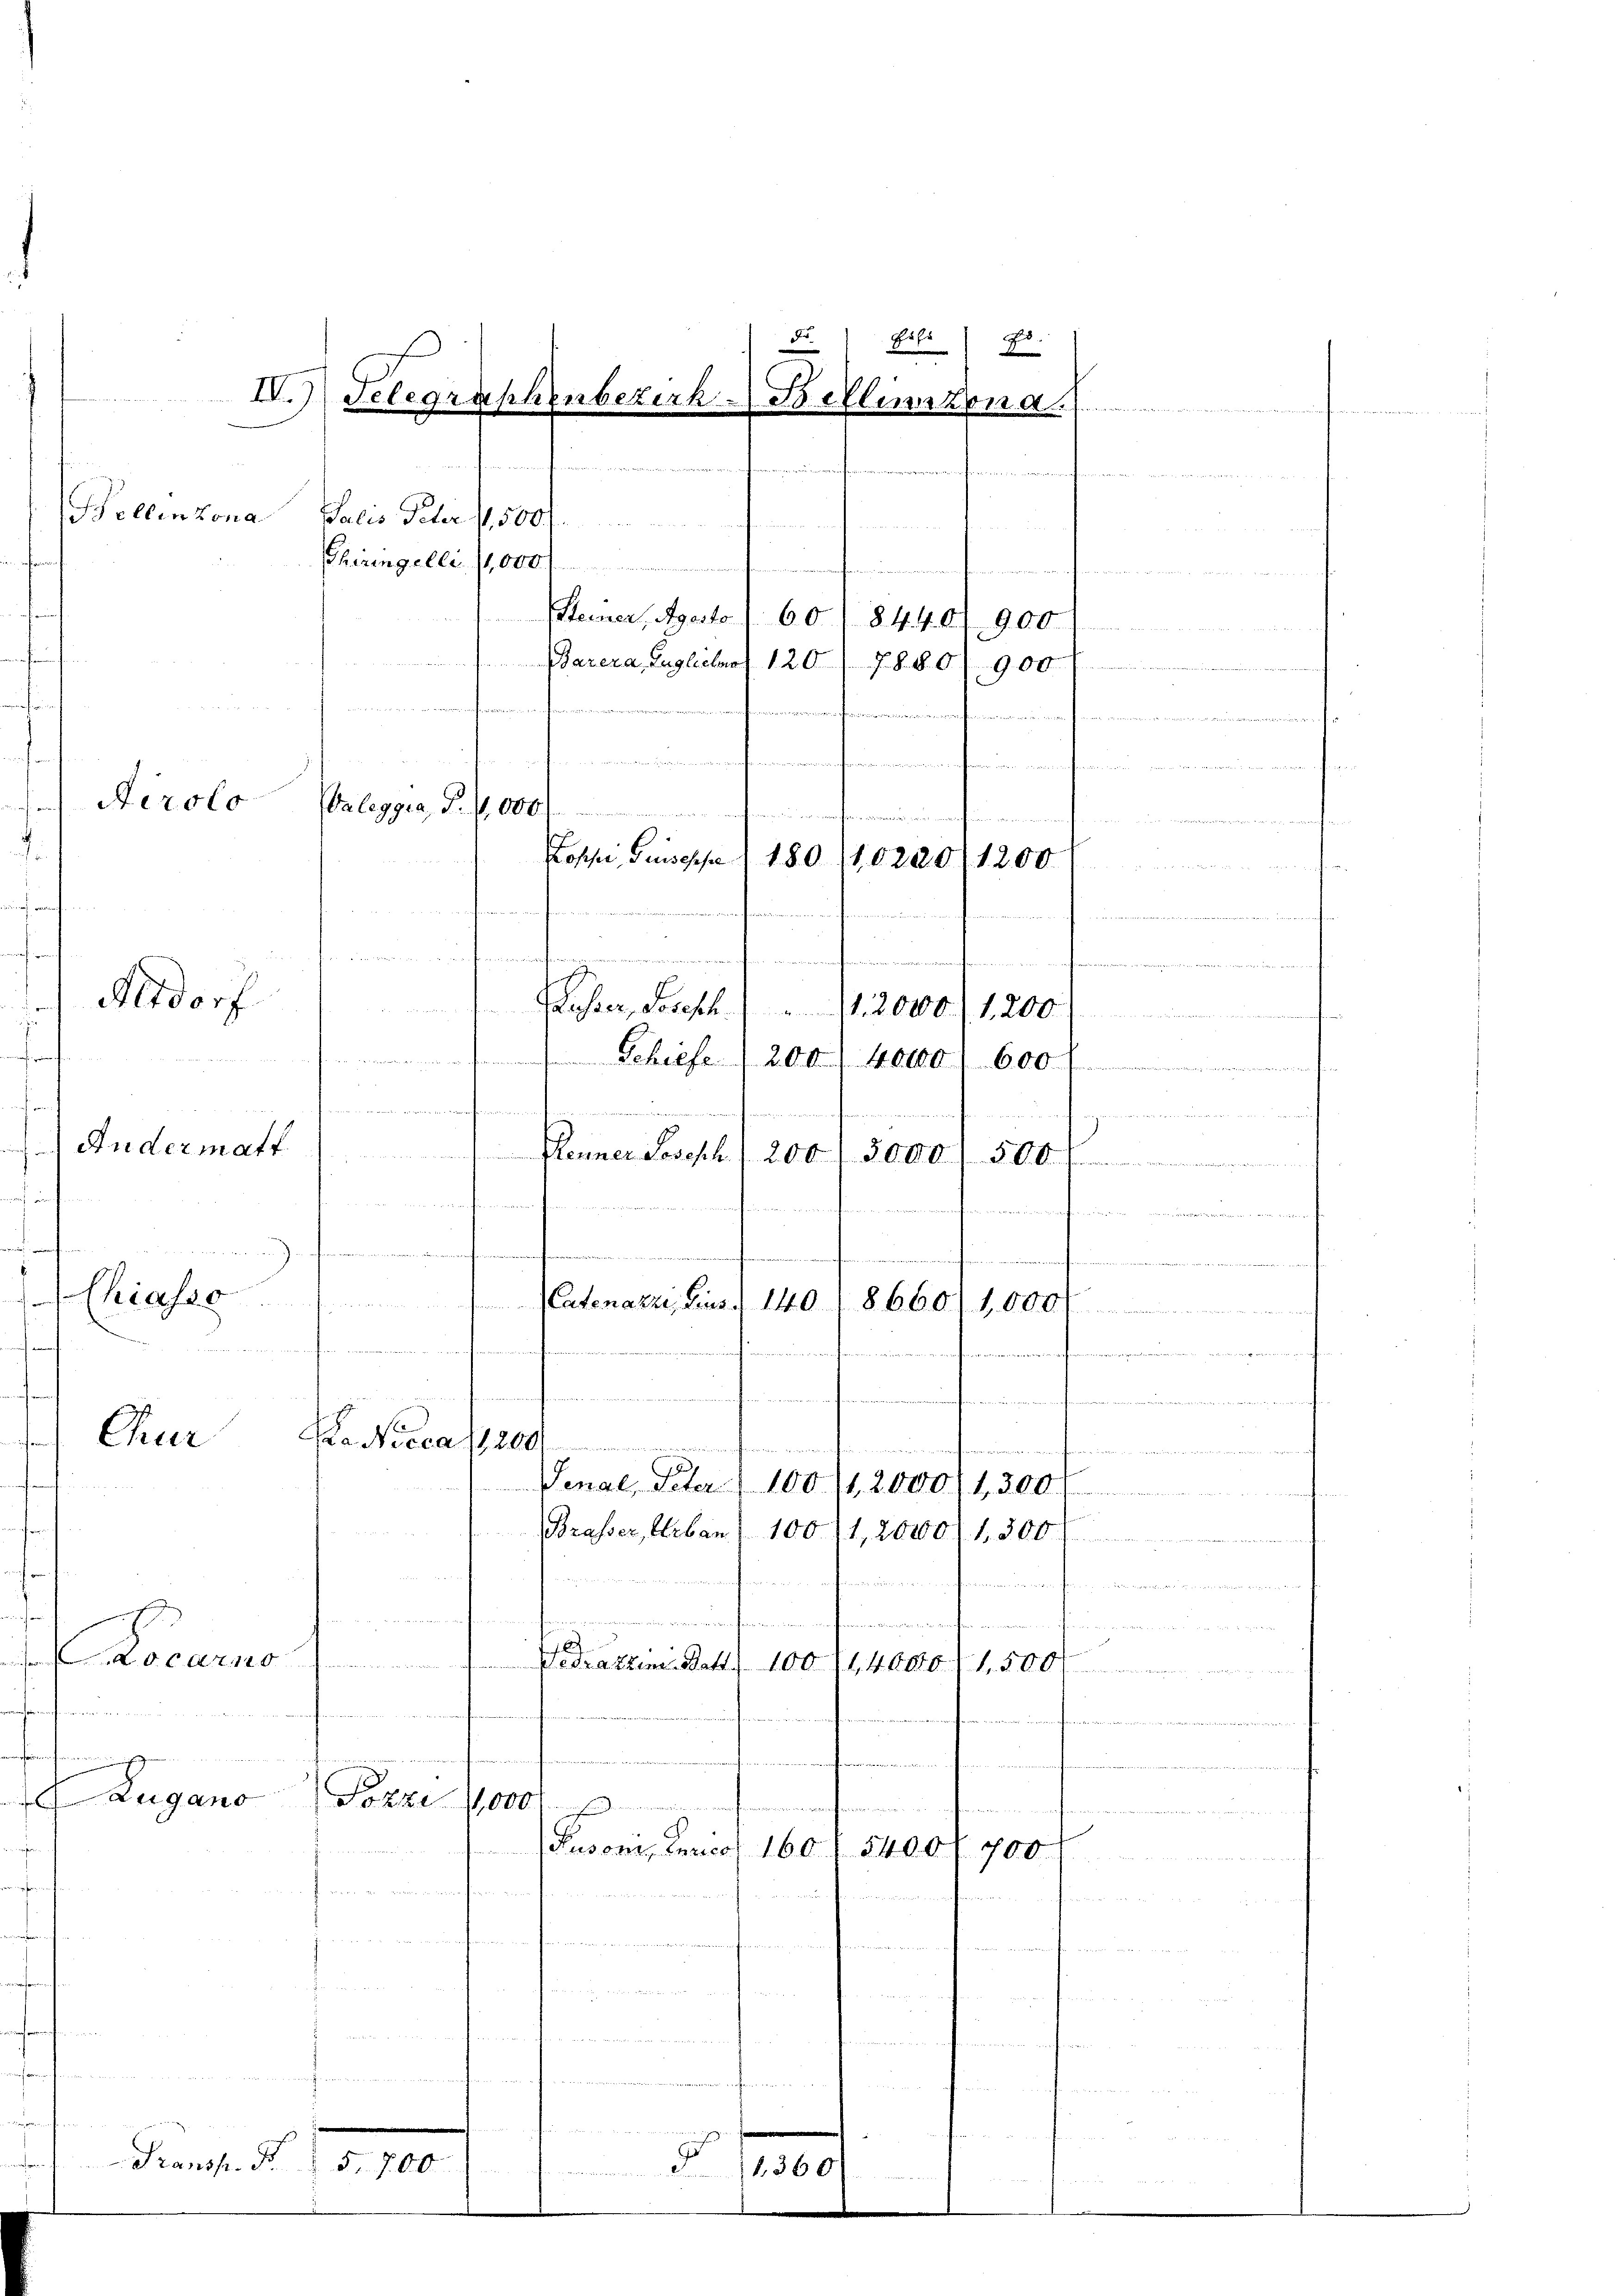
Airolo

Locarno

d
I.) Telegraphenbezirh-Bellinzona.
hen
        In
Bellinzona Julis Feber 1,500
Chiringelli (1,000
.
Steiner, Agesto 1 60. 8440/ 900
Barera, Euglichert 120. 7880/900
uarticommimantranscommung
 ................
¬
nfeiner fein ruhmen, nemenden
Valeggia, P. 1 000
  wer
 en
3
Posche Josepha 180. 11,0220/1200 f
u
ener die

 warf einstweiner
von einmauernahmen
finmänien
E
Altdorf
ELasser, Joseph. 12000 1200
Schiefe (200. 40000 f 600 f

Chiasso
nf ver
u
Chur

antanachmann unsof
Zugano

Pranss. S.

und einersammt immend
ween darnach eigenen in dem einver¬
Andermatt Plenner Joseph (200. 3000. 500
fne un
 a. u.
8660/1,000
.
.
d
Venal, Peter 100 (12000 1300 f
r
Brasser, Urban 100/1, 20000 f 300 f
himmerfenen
fnamen
wachen intimentimen seinen
1
n
Gedrathem Statt. 100 (14000 1,500

u
e
Fozze 10000
ahnung

Rusom. Curicor 160 § 5400 f. 700
s
i
erhandelicant
u
n

f

5. 700

e
Catenazzi, Zins
140.
de
.
Aasecca 200

1430

e

Fuhr
E.

.

nrenten

u